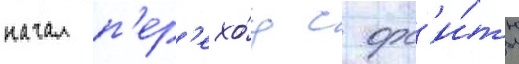
начал п'ер'ехо́д с орб'и́ты